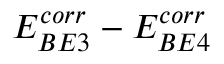
E _ { B E 3 } ^ { c o r r } - E _ { B E 4 } ^ { c o r r }